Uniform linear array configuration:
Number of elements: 64
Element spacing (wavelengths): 1
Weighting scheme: hann
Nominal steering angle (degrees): -15
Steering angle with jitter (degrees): -16.675
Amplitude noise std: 0.05
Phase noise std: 0.05

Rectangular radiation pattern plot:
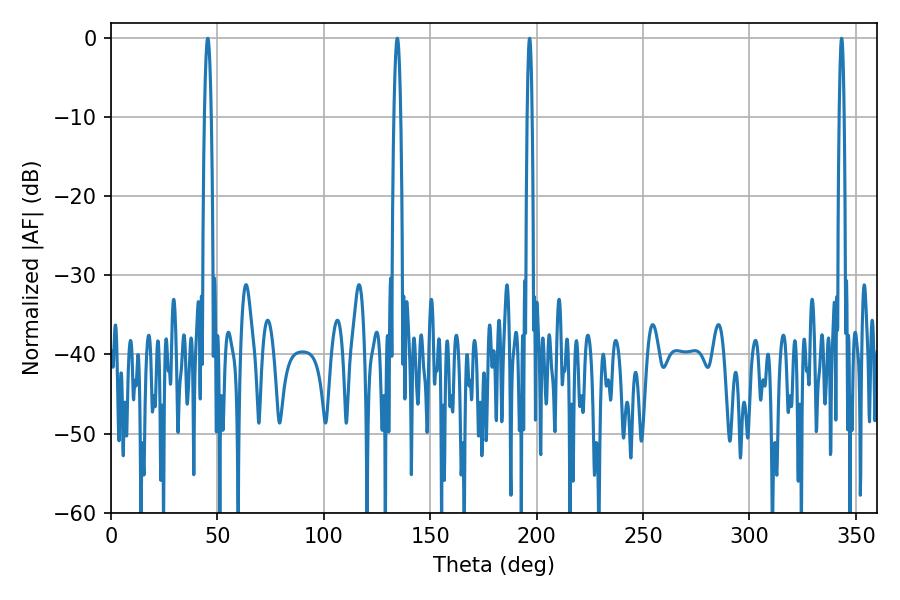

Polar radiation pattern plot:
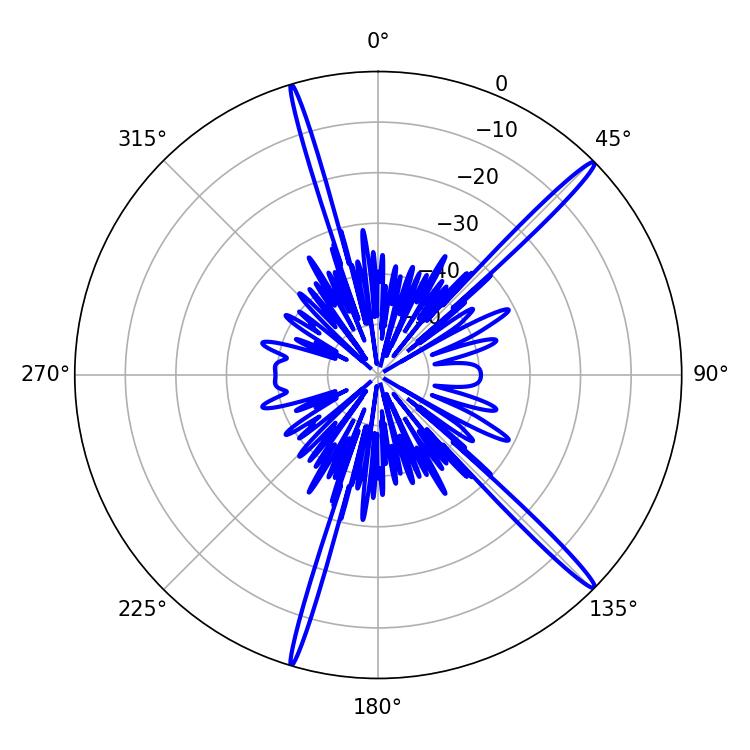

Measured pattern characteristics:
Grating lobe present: TRUE
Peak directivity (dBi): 17.65
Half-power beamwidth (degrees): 1.26
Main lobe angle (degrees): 196.74